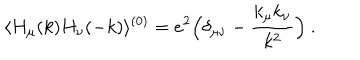
LaTeX: \langle H _ { \mu } ( k ) H _ { \nu } ( - k ) \rangle ^ { ( 0 ) } = e ^ { 2 } \Bigl ( \delta _ { \mu \nu } - { \frac { k _ { \mu } k _ { \nu } } { k ^ { 2 } } } \Bigr ) \ .